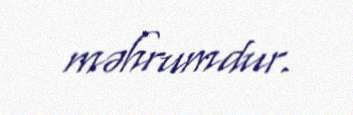
məhrumdur.